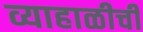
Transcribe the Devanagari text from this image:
व्याहाळीची